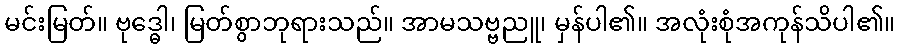
မင်းမြတ်။ ဗုဒ္ဓေါ၊ မြတ်စွာဘုရားသည်။ အာမသဗ္ဗညူ၊ မှန်ပါ၏။ အလုံးစုံအကုန်သိပါ၏။